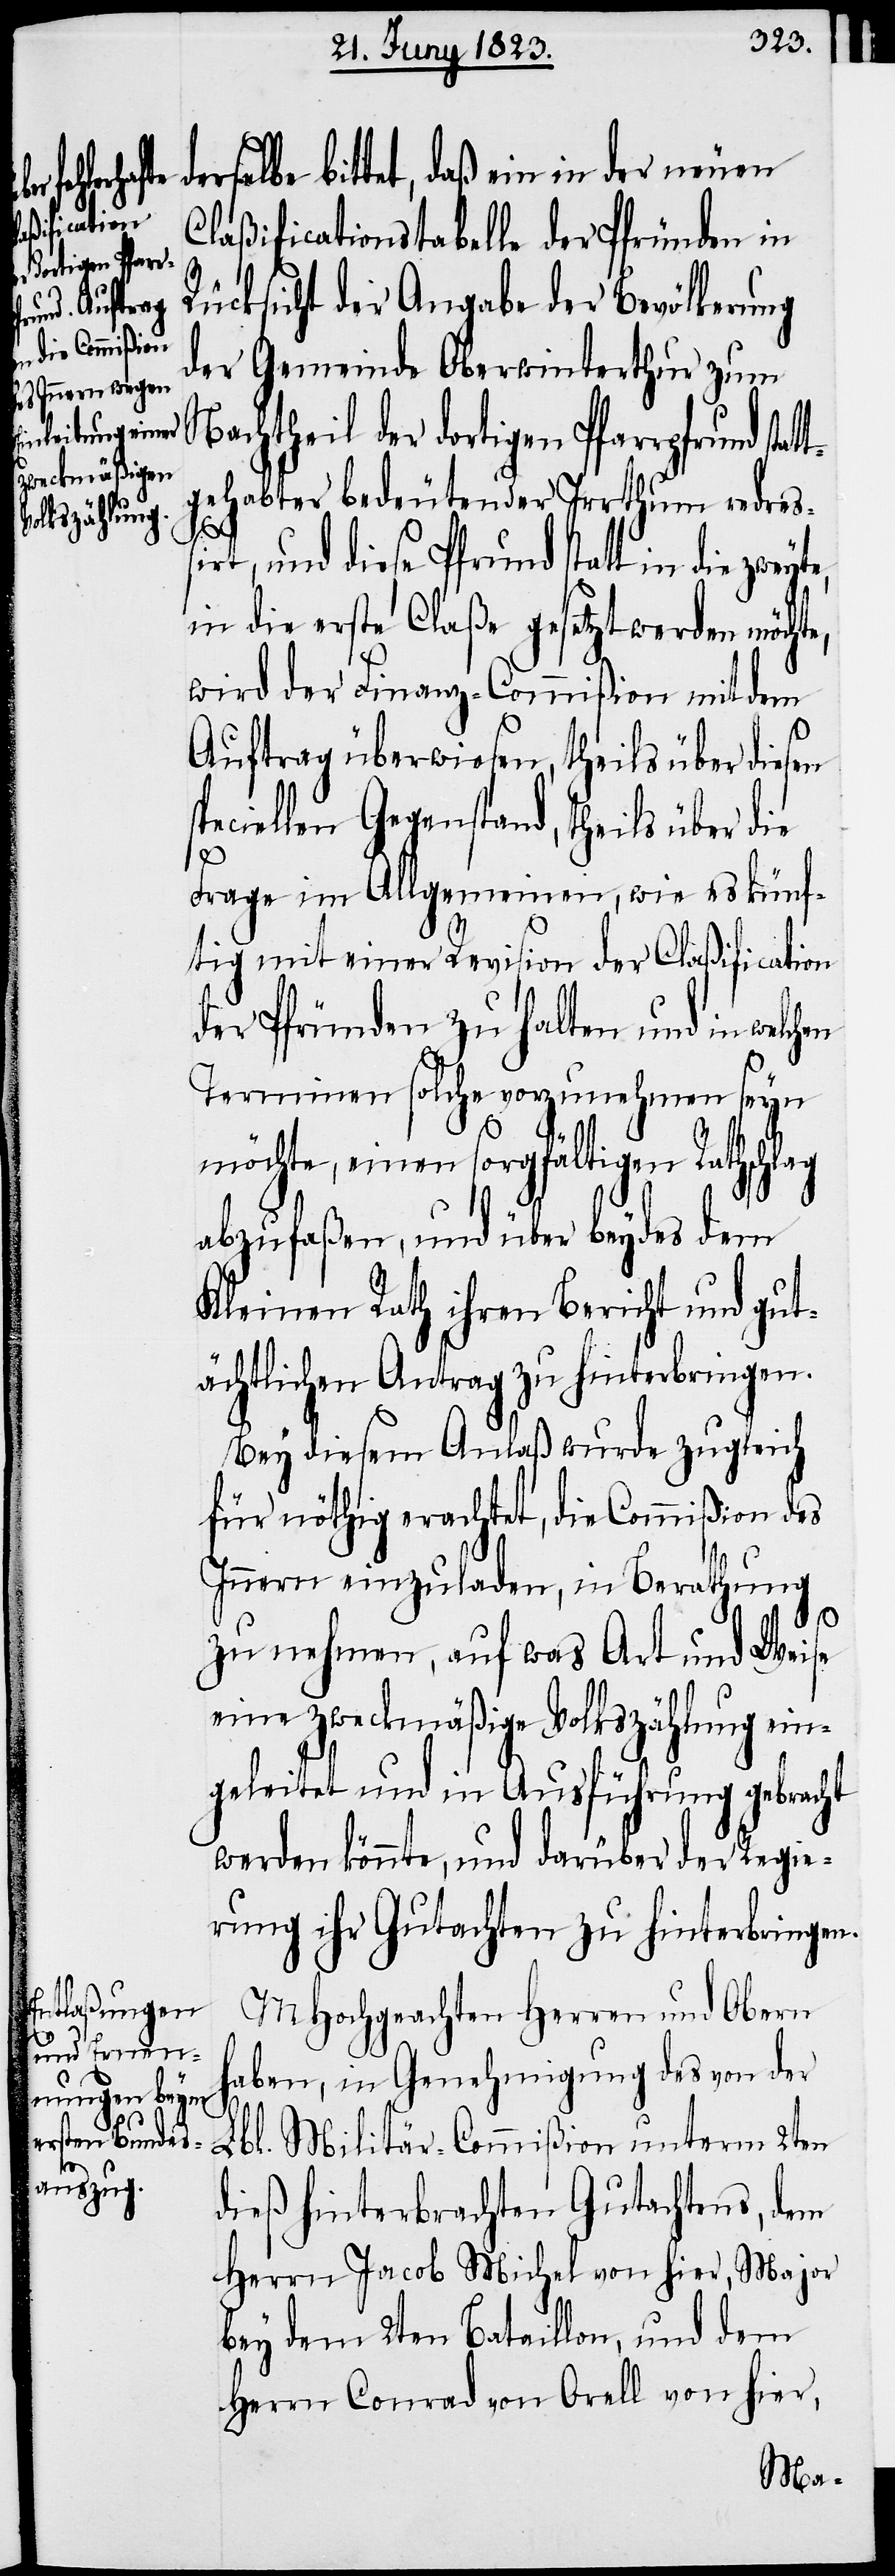
derselbe bittet, daß ein in der neuen
Claßificationstabelle der Pfründen in
Rücksicht der Angabe der Bevölkerung
der Gemeinde Oberwinterthur zum
Nachtheil der dortigen Pfarrpfrund sta¬
gehabter bedeutender Irrthum redreßi¬
rt, und diese Pfrund statt in die
in die erste Claße gesetzt werden möchte,
wird der Finanz-Commißion mit dem
Auftrag überwiesen, theils über diesen
peciellen Gegenstand, theils über die
Frage im Allgemeinen, wie es künf¬
tig mit einer Revision der Claßification
der Pfründen zu halten und in welchen
Terminen solche vorzunehmen seyn
möchte, einen sorgfältigen Rathschlag
abzufaßen, und über beydes dem
Kleinen Rath ihren Bericht und gut¬
ächtlichen Antrag zu hinterbringen.
Bey diesem Anlaß wurde zugleich
für nöthig erachtet, die Commißion des
Innern einzuladen, in Berathung
zu nehmen, auf was Art und Weise
eine zweckmäßige Volkszählung ein¬
geleitet und in Ausführung gebracht
werden könnte, und darüber der Regie¬
rung ihr Gutachten zu hinterbringen.
MHochgeachten Herren und Obern
haben, in Genehmigung des von der
Lbl. Militär-Commißion unterm 2ten
dieß hinterbrachten Gutachtens, dem
Herrn Jacob Michel von hier, Major
bey dem 2ten Bataillon, und dem
Herrn Conrad von Orell von hier,

s¬